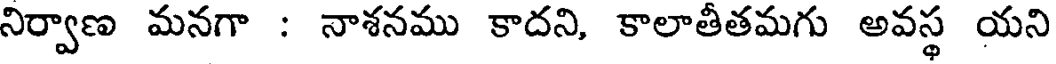
నిర్వాణ మనగా : నాశనము కాదని, కాలాతీతమగు అవస్థ యని